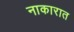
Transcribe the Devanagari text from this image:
नाकारात